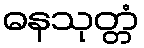
ဓနသုတ္တံ